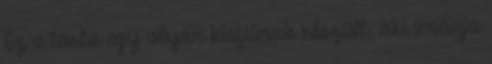
Ez a torta egy olyan kisfiúnak készült, aki imádja